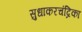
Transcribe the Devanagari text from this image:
सुधाकरचंद्रिका